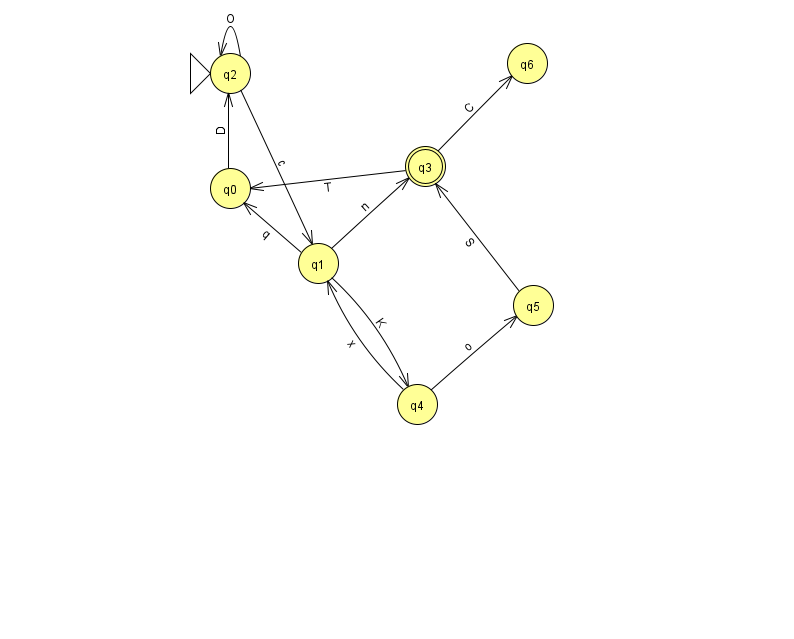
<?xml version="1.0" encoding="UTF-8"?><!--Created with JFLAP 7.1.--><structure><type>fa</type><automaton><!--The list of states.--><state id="0" name="q0"><x>230.0</x><y>175.0</y></state><state id="1" name="q1"><x>318.0</x><y>250.0</y></state><state id="2" name="q2"><x>230.0</x><y>60.0</y><initial/></state><state id="3" name="q3"><x>425.0</x><y>153.0</y><final/></state><state id="4" name="q4"><x>417.0</x><y>391.0</y></state><state id="5" name="q5"><x>533.0</x><y>292.0</y></state><state id="6" name="q6"><x>527.0</x><y>50.0</y></state><!--The list of transitions.--><transition><from>2</from><to>1</to><read>c</read></transition><transition><from>3</from><to>0</to><read>T</read></transition><transition><from>1</from><to>3</to><read>n</read></transition><transition><from>3</from><to>6</to><read>C</read></transition><transition><from>0</from><to>2</to><read>D</read></transition><transition><from>4</from><to>1</to><read>x</read></transition><transition><from>4</from><to>5</to><read>o</read></transition><transition><from>1</from><to>0</to><read>q</read></transition><transition><from>1</from><to>4</to><read>K</read></transition><transition><from>2</from><to>2</to><read>O</read></transition><transition><from>5</from><to>3</to><read>S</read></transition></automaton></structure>